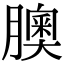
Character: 䐿